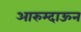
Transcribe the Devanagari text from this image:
आरुम्दाऊन